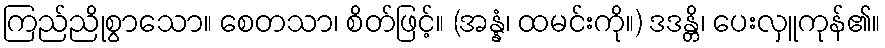
ကြည်ညိုစွာသော။ စေတသာ၊ စိတ်ဖြင့်။ (အန္နံ၊ ထမင်းကို။) ဒဒန္တိ၊ ပေးလှူကုန်၏။